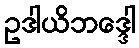
ဥဒါယိဘဒ္ဒေါ